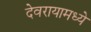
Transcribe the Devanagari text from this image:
देवरायामध्ये